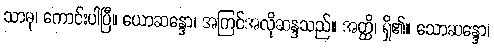
သာဓု၊ ကောင်းပါပြီ။ ယောဆန္ဒော၊ အကြင်အလိုဆန္ဒသည်။ အတ္ထိ၊ ရှိ၏။ သောဆန္ဒော၊